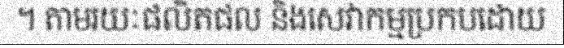
។ តាមរយៈផលិតផល និងសេវាកម្មប្រកបដោយ